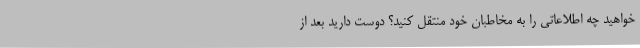
خواهید چه اطلاعاتی را به مخاطبان خود منتقل کنید؟ دوست دارید بعد از